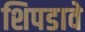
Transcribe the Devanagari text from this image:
शिपडावे